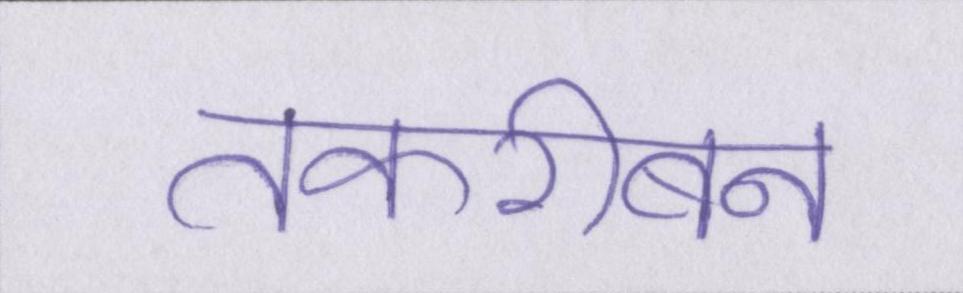
तकरीबन